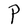
Character: P